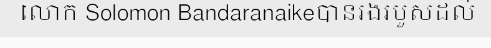
លោក Solomon Bandaranaikeបានរងរបួសដល់